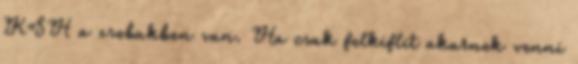
KSH a zsebukben van. Ha csak felkiflit akarnek venni